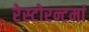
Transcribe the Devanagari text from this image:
रेस्‍टोरन्टमां